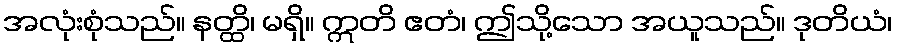
အလုံးစုံသည်။ နတ္ထိ၊ မရှိ။ ဣတိ ဧတံ၊ ဤသို့သော အယူသည်။ ဒုတိယံ၊